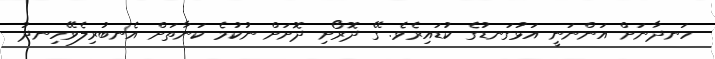
ހަނދާނަށް އަންނަނީ އަޅުގަނޑުގެ ކުޑައިރެވެ. ގޭ ދޮރޯށި ދޮށަށް ނުކުމެ ކަނާތަށް އެނބުރިލެވޭހިނދު